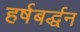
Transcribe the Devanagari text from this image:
हर्षबर्द्धन